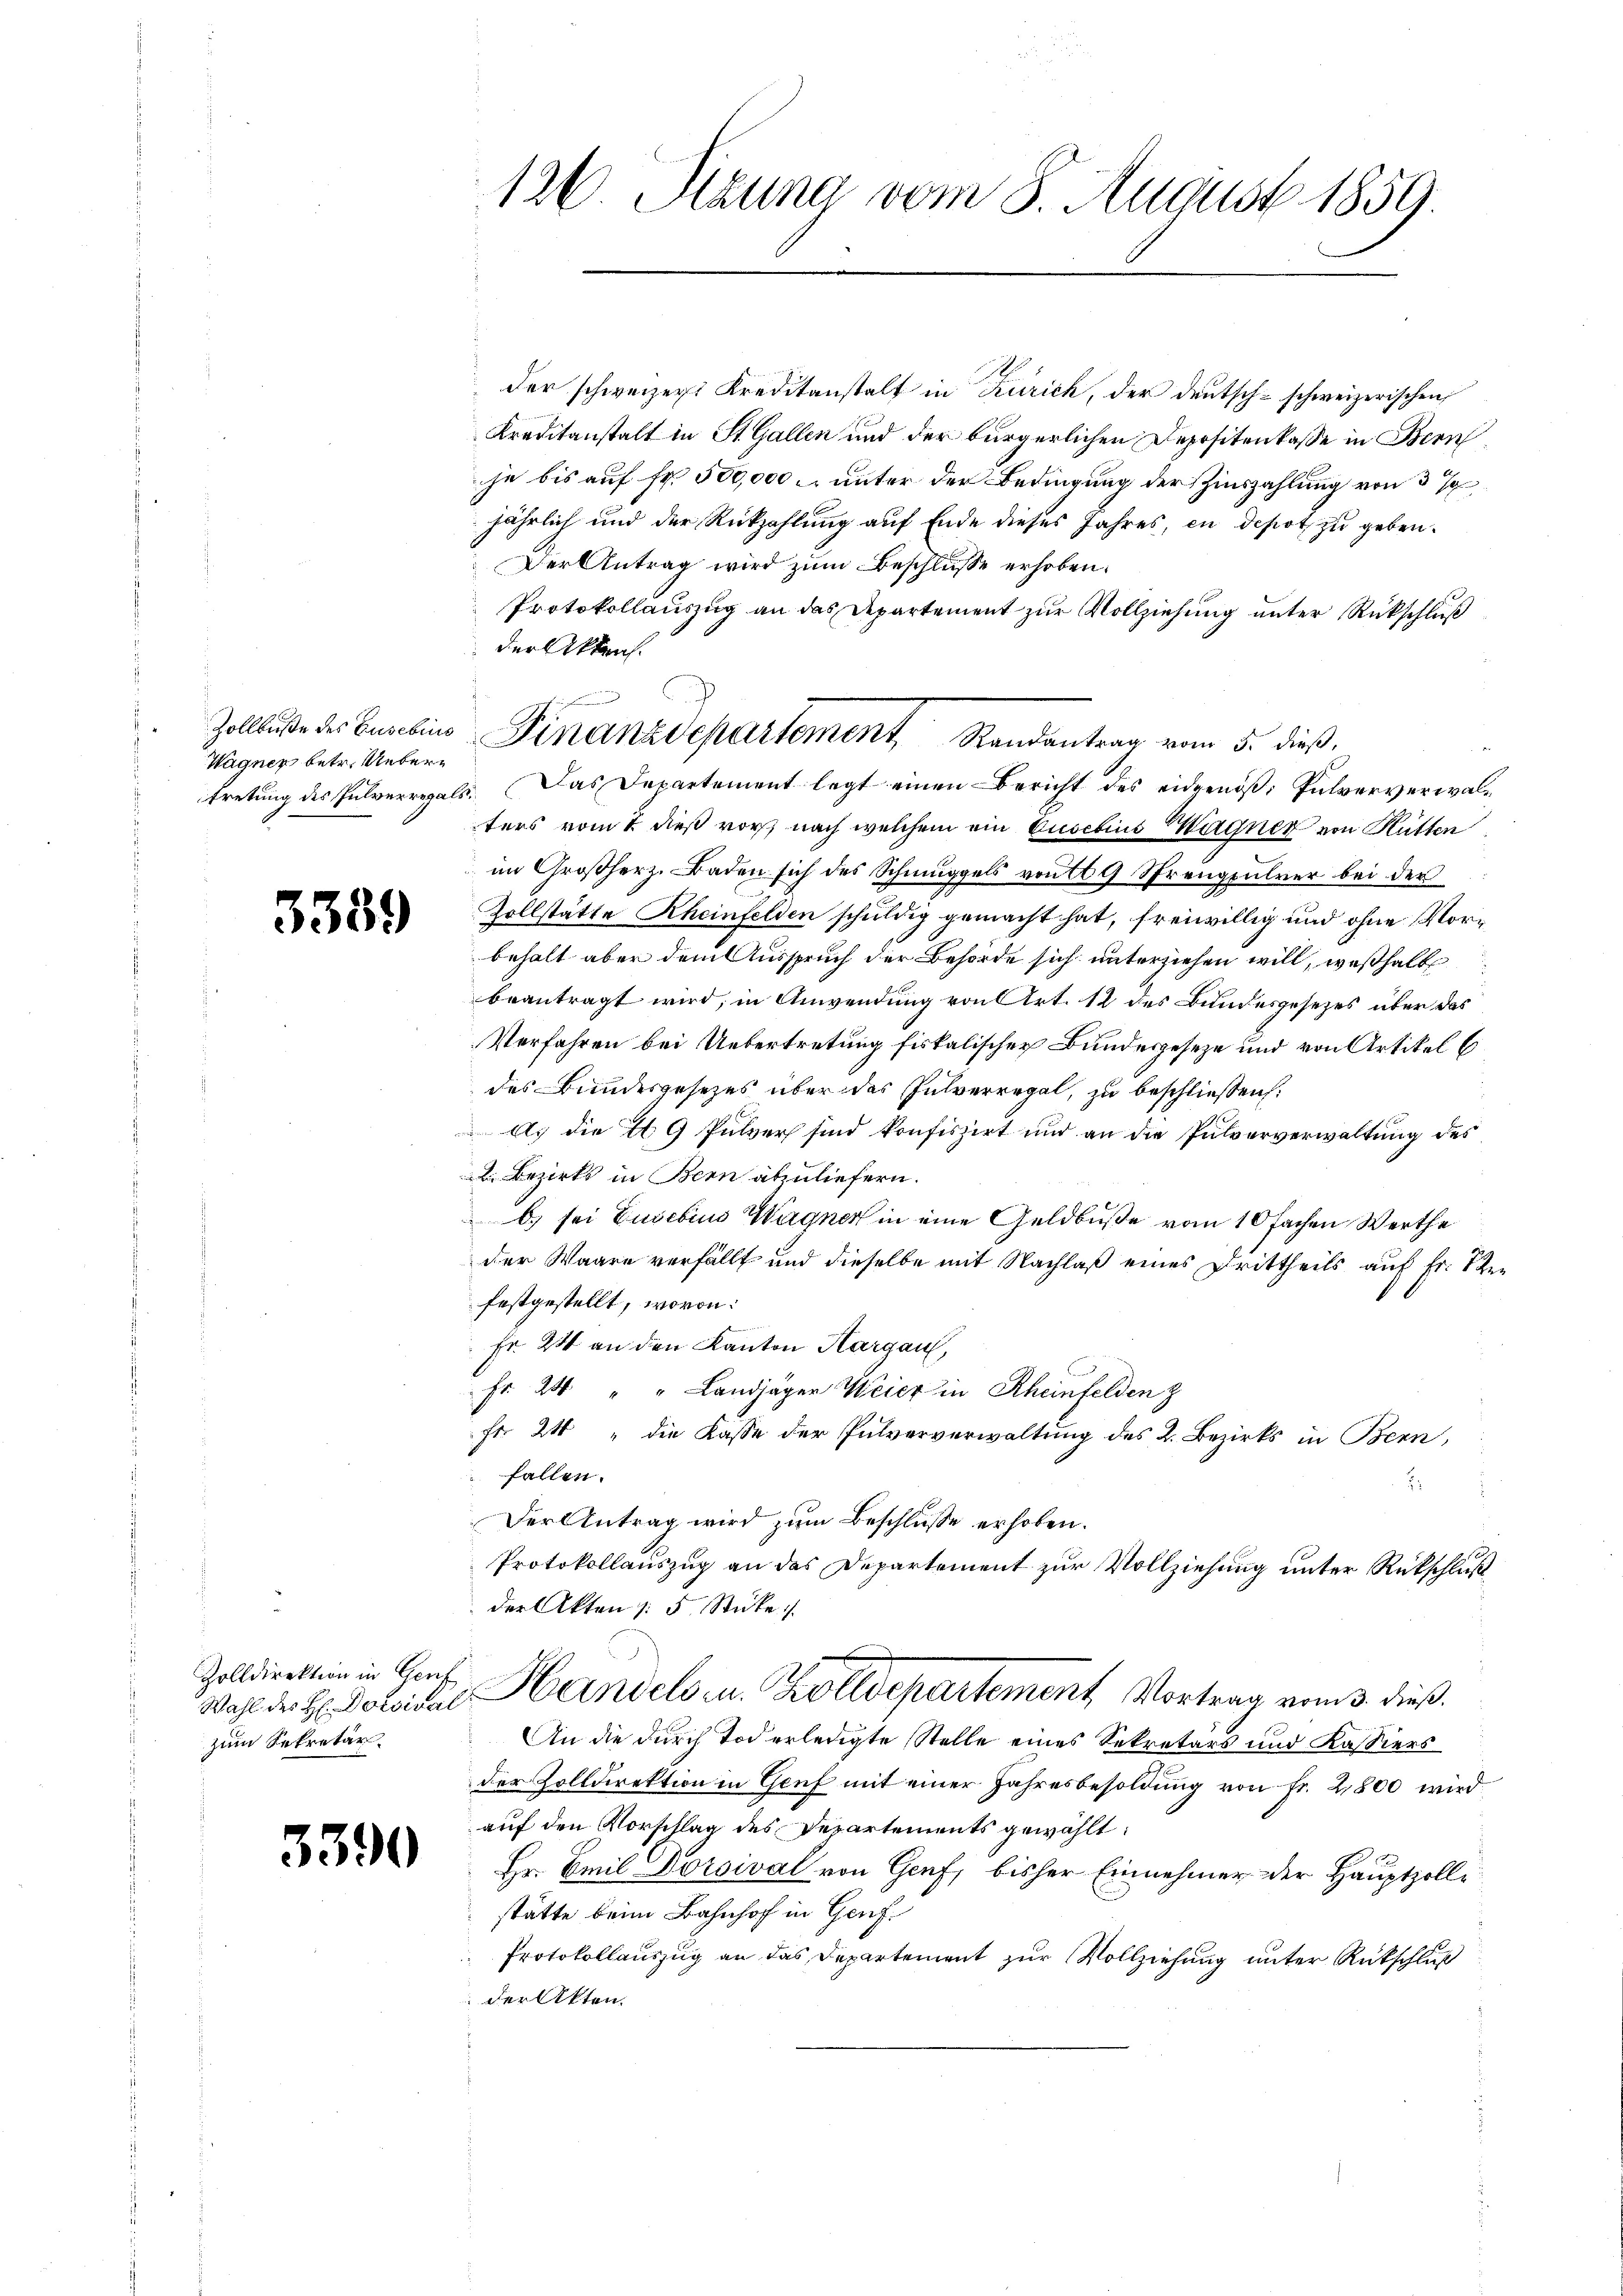
Zollbuße des Gusebis
Wagner betr. Ueber¬

3389

Zolldirektion in Genf
Wahl des H: Dotival
zum Sekretär

3390

126. Sizung vom 8. August 1859.

der schweizer Kreditanstalt in Zürich, der deutsch-schweizerischen
Kreditanstalt in St. Gallen und der bürgerlichen Depositenkasse in Bern
che bis auf Fr. 500,000. unter der Bedingung der Zinszahlung von 37
jährlich und der Rückzahlung auf Ende dieses Jahres, in depot zu geben.
Der Antrag wird zum Beschlusse erhoben.
Protokollauszug an das Departement zur Vollziehung unter Rückschluß
der Akten.
tretung des Pulverregals. Das Departement legt einen Bericht des eidgenöß: Pulververwalters vom 2 dieß vor nach welchem ein Gusebius Wagner von Hütten
im Großherz. Baden sich des Schmuggels von 9 Sprengpulver bei der
Zollstätte Rheinfelden schuldig gemacht hat, freiwillig und ohne Vorbehalt aber dem Ausspruch der Behörde sich unterziehen will, weßhalb
beantragt wird; in Anwendung von Art. 12 des Bundesgesezes über das
Verfahren bei Uebertretung fiskalischer Bundesgeseze und von Artikel (
des Bundesgesezes über das Pulverregal, zu beschließen:
A. die I 9 Pulver sind konfiszirt und an die Pulververwaltung des
2. Bezirks in Bern abzuliefern.
b) sei Euvebius Wagner in eine Geldbuße vom 10 fachen Werthe
der Waare verfällt und dieselbe mit Nachlaß eines Drittheils auf Fr. 1 Zefestgestellt, wovon:
Fr. 24 an den Kanton Hargau,
Fr. 20 " " Landjäger Weier in Rheinfelden z
Fr. 24 " die Kasse der Pulververwaltung des 2. Bezirks in Bern,
fallen.
.
Der Antrag wird zum Beschlusse erhoben.
Protokollauszug an das Departement zur Vollziehung unter Rückschluß
der Akten |: 5 Stüke
Handels- u. Zolldepartement Vortrag vom 3. dieß.
An die durch Tod erledigte Stelle eines Sekretärs und Kassiers
der Zolldirektion in Genf mit einer Jahresbesoldung von Fr. 2,800 wird
auf den Vorschlag des Departements gewählt:
Hr. Emil Dorsival von Genf, bisher Einnehmer der Hauptzolle
stätte beim Bahnhof in Genf.
Protokollauszug an das Departement zur Vollziehung unter Rückschluß
der Akten.

Finanzdepartement Randantrag vom 5. dieß,